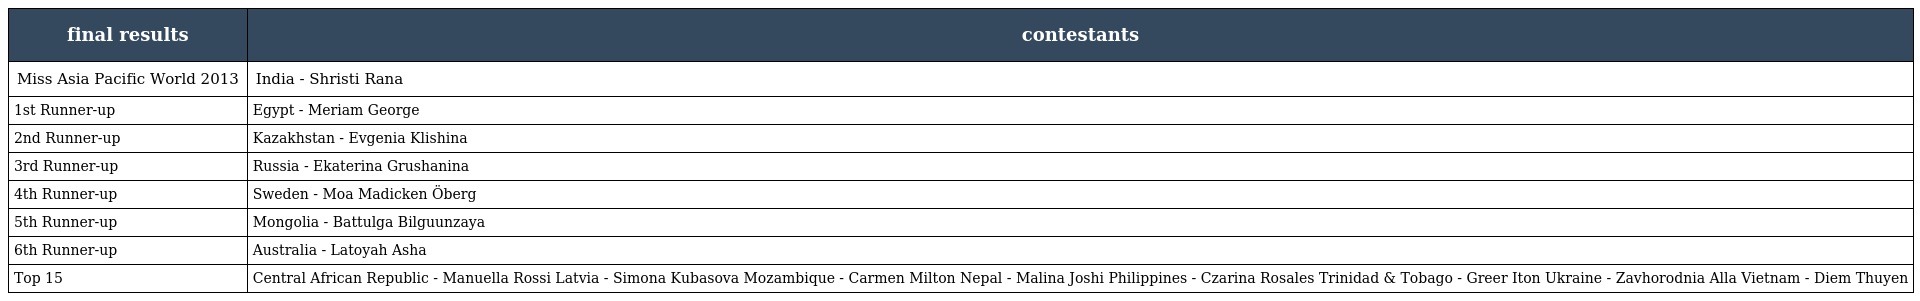
| final results | contestants |
 | --- | --- |
 | Miss Asia Pacific World 2013 | India - Shristi Rana |
 | 1st Runner-up | Egypt - Meriam George |
 | 2nd Runner-up | Kazakhstan - Evgenia Klishina |
 | 3rd Runner-up | Russia - Ekaterina Grushanina |
 | 4th Runner-up | Sweden - Moa Madicken Öberg |
 | 5th Runner-up | Mongolia - Battulga Bilguunzaya |
 | 6th Runner-up | Australia - Latoyah Asha |
 | Top 15 | Central African Republic - Manuella Rossi Latvia - Simona Kubasova Mozambique - Carmen Milton Nepal - Malina Joshi Philippines - Czarina Rosales Trinidad & Tobago - Greer Iton Ukraine - Zavhorodnia Alla Vietnam - Diem Thuyen |